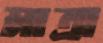
মাত্রা